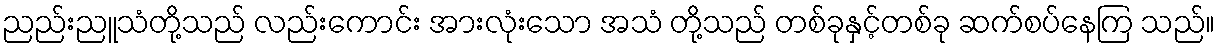
ညည်းညူသံတို့သည် လည်းကောင်း အားလုံးသော အသံ တို့သည် တစ်ခုနှင့်တစ်ခု ဆက်စပ်နေကြ သည်။